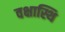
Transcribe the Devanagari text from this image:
वक्षास्थि